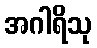
အဂါရိသု